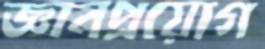
জ্ঞানপ্রয়োগ